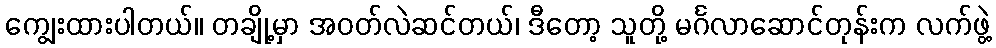
ကျွေးထားပါတယ်။ တချို့မှာ အဝတ်လဲဆင်တယ်၊ ဒီတော့ သူတို့ မင်္ဂလာဆောင်တုန်းက လက်ဖွဲ့